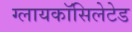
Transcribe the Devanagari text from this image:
ग्लायकॉसिलेटेड